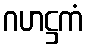
ဂဟဋ္ဌကံ